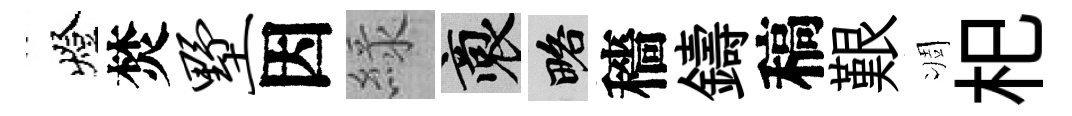
燈焚墅因緑裔略穡鑄稿艱凋𣏌